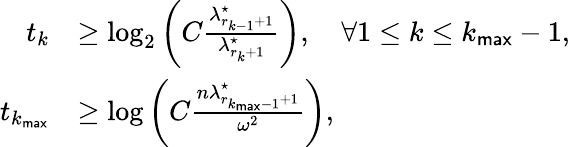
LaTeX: \begin{array}{rl}{t_{k}}&{\geq\log_{2}\left(C\frac{\lambda_{r_{k-1}+1}^{\star}}{\lambda_{r_{k}+1}^{\star}}\right),\quad\forall 1\leq k\leq k_{\sf max}-1,}\\ {t_{k_{\sf max}}}&{\geq\log\left(C\frac{n\lambda_{r_{k_{\sf max}-1}+1}^{\star}}{\omega^{2}}\right),}\end{array}